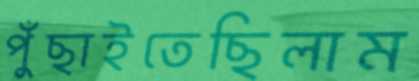
পুঁছাইতেছিলাম